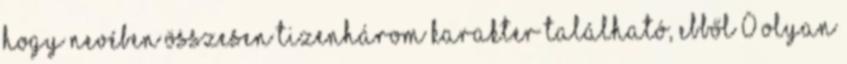
hogy nevében összesen tizenhárom karakter található, ebből 0 olyan